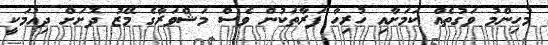
މުހިންމު ވަގުތެއް ކަމަށާއި ހުރިހާ ފަރާތަކުން ވެސް މަޝްވަރާގެ މޭޒު ދޮށަށް ދިއުމަކީ